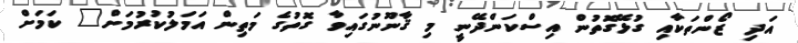
އަދި ޒޯންތަކާއި ގުޅޭގޮތުން އިސްކަންދޭނީ މި ޤާނޫނުގައިވާ ގޮތުގެ މަތިން އަމަލުކުރުމަށް" ކަމަށް